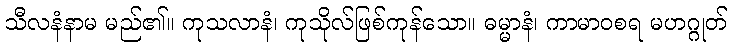
သီလနံနာမ မည်၏။ ကုသလာနံ၊ ကုသိုလ်ဖြစ်ကုန်သော။ ဓမ္မာနံ၊ ကာမာဝစရ မဟဂ္ဂုတ်